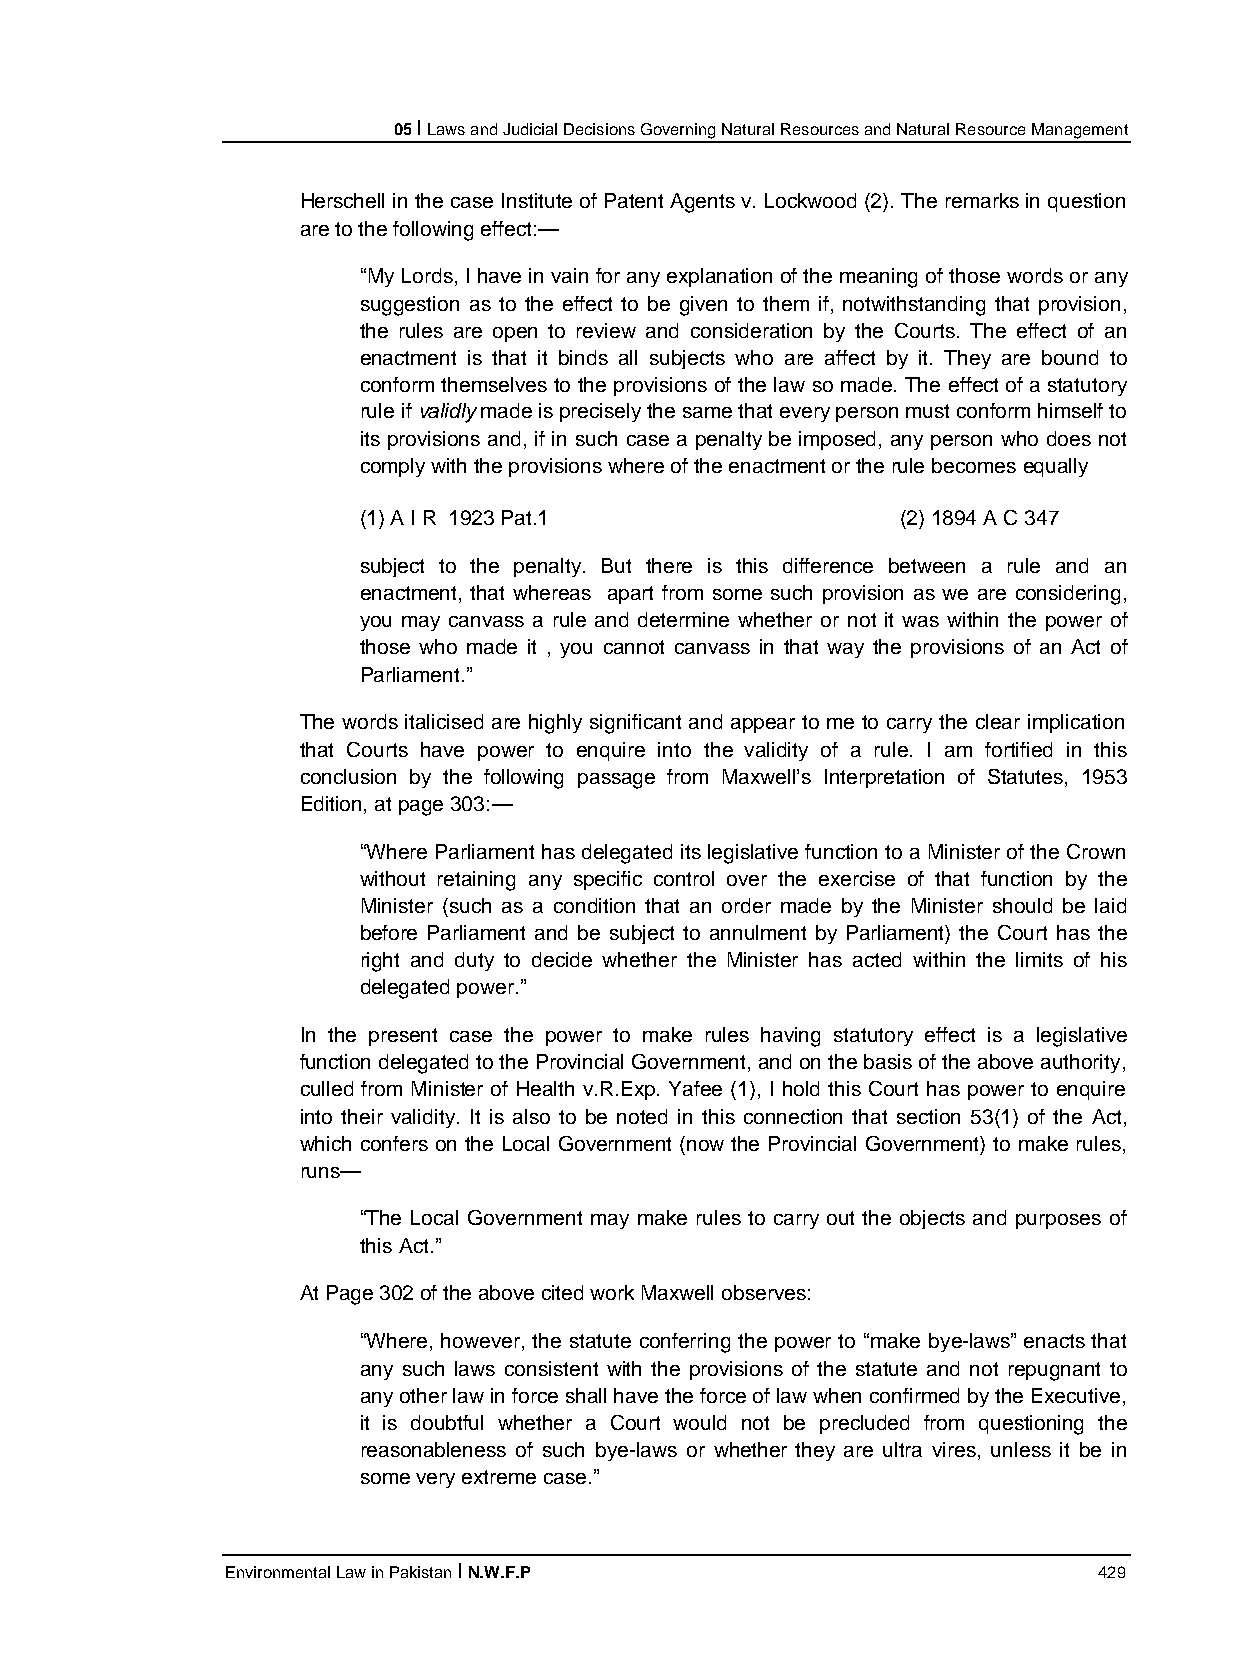
05 I Laws and Judicial Decisions Governing Natural Resources and Natural Resource Management
 Herschell in the case Institute of Patent Agents v. Lockwood (2). The remarks in question
 are to the following effect:—
 “My Lords, I have in vain for any explanation of the meaning of those words or any
 suggestion as to the effect to be given to them if, notwithstanding that provision,
 the rules are open to review and consideration by the Courts. The effect of an
 enactment is that it binds all subjects who are affect by it. They are bound to
 conform themselves to the provisions of the law so made. The effect of a statutory
 rule if validly made is precisely the same that every person must conform himself to
 its provisions and, if in such case a penalty be imposed, any person who does not
 comply with the provisions where of the enactment or the rule becomes equally
 (1) A I R 1923 Pat.1                (2) 1894 A C 347
 subject to the penalty. But there is this difference between a rule and an
 enactment, that whereas apart from some such provision as we are considering,
 you may canvass a rule and determine whether or not it was within the power of
 those who made it , you cannot canvass in that way the provisions of an Act of
 Parliament.”
 The words italicised are highly significant and appear to me to carry the clear implication
 that Courts have power to enquire into the validity of a rule. I am fortified in this
 conclusion by the following passage from Maxwell’s Interpretation of Statutes, 1953
 Edition, at page 303:—
 “Where Parliament has delegated its legislative function to a Minister of the Crown
 without retaining any specific control over the exercise of that function by the
 Minister (such as a condition that an order made by the Minister should be laid
 before Parliament and be subject to annulment by Parliament) the Court has the
 right and duty to decide whether the Minister has acted within the limits of his
 delegated power.”
 In the present case the power to make rules having statutory effect is a legislative
 function delegated to the Provincial Government, and on the basis of the above authority,
 culled from Minister of Health v.R.Exp. Yafee (1), I hold this Court has power to enquire
 into their validity. It is also to be noted in this connection that section 53(1) of the Act,
 which confers on the Local Government (now the Provincial Government) to make rules,
 runs—
 “The Local Government may make rules to carry out the objects and purposes of
 this Act.”
 At Page 302 of the above cited work Maxwell observes:
 “Where, however, the statute conferring the power to “make bye-laws” enacts that
 any such laws consistent with the provisions of the statute and not repugnant to
 any other law in force shall have the force of law when confirmed by the Executive,
 it is doubtful whether a Court would not be precluded from questioning the
 reasonableness of such bye-laws or whether they are ultra vires, unless it be in
 some very extreme case.”
 Environmental Law in Pakistan I N.W.F.P                   429